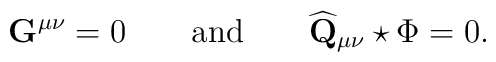
\mathbf{G}^{\mu \nu }=0\qquad \mathrm{and}\qquad \widehat{\mathbf{Q}}_{\mu\nu }\star \Phi =0.